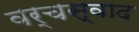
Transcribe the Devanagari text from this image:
वर्चस्वाद